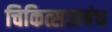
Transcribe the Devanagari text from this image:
चिकित्साप्रबंध